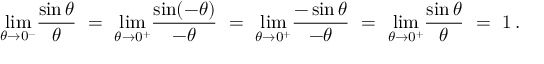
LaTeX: \operatorname* { l i m } _ { \theta \to 0 ^ { - } } \! { \frac { \sin \theta } { \theta } } \ = \ \operatorname* { l i m } _ { \theta \to 0 ^ { + } } \! { \frac { \sin ( - \theta ) } { - \theta } } \ = \ \operatorname* { l i m } _ { \theta \to 0 ^ { + } } \! { \frac { - \sin \theta } { - \theta } } \ = \ \operatorname* { l i m } _ { \theta \to 0 ^ { + } } \! { \frac { \sin \theta } { \theta } } \ = \ 1 \, .